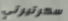
سكرتيرتي